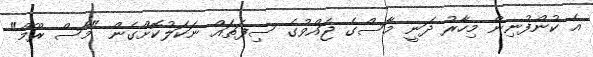
އެ ކުންފުނިން މިހާރު ދަނީ މާސްގެ ޖައްވުގެ ސިފަތައް ނަކަލުކޮށްގެން "މާސް ރޫމް"